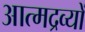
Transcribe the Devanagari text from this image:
आत्मद्रव्यों